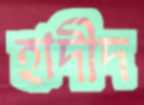
হাদীদ